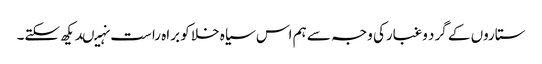
ستاروں کے گرد وغبارکی وجہ سے ہم اس سیاہ خلا کو براہ راست نہیںدیکھ سکتے۔